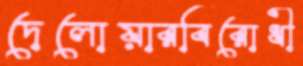
দেলোয়ারবিরোধী